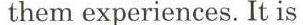
them experiences. It is